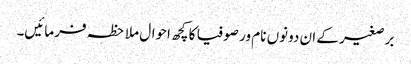
برصغیر کے ان دونوں نام ور صوفیا کا کچھ احوال ملاحظہ فرمائیں۔